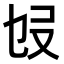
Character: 𠬫